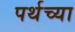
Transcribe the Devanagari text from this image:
पर्थच्या